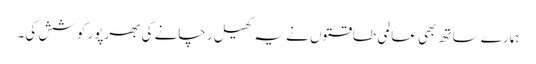
ہمارے ساتھ بھی عالمی طاقتوں نے یہ کھیل رچانے کی بھرپور کوشش کی۔